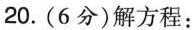
20.(6分)解方程：